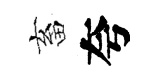
畜夸